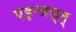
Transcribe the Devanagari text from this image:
एइन्त्रछ्त्